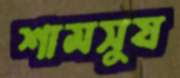
শামসুয